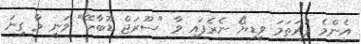
އެންމެ ފުރަތަމަ ވީޑިޔޯ ނެރެފައި ވާ "ސޫރަޖް ޑޫބާހޭ" ވަނީ މާ ގިނަ